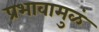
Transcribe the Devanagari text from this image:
प्रभावामुळं